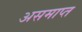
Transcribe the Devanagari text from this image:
असमाप्त